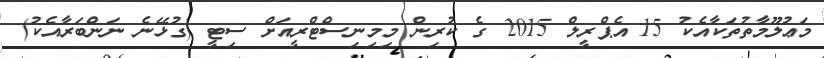
މަޢުލޫމާތުތަކާއެކު 15 އެޕްރީލް 2015 ގެ ކުރިން މިމިނިސްޓްރީއަށް ސިޓީ (ގުޅޭނެ ނަންބަރާއެކު)